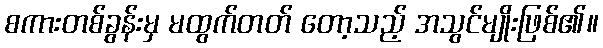
စကားတစ်ခွန်းမှ မထွက်တတ် တော့သည့် အသွင်မျိုးဖြစ်၏။